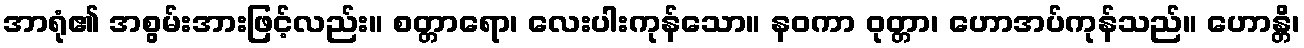
အာရုံ၏ အစွမ်းအားဖြင့်လည်း။ စတ္တာရော၊ လေးပါးကုန်သော။ နဝကာ ဝုတ္တာ၊ ဟောအပ်ကုန်သည်။ ဟောန္တိ၊